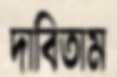
দাবিতাম